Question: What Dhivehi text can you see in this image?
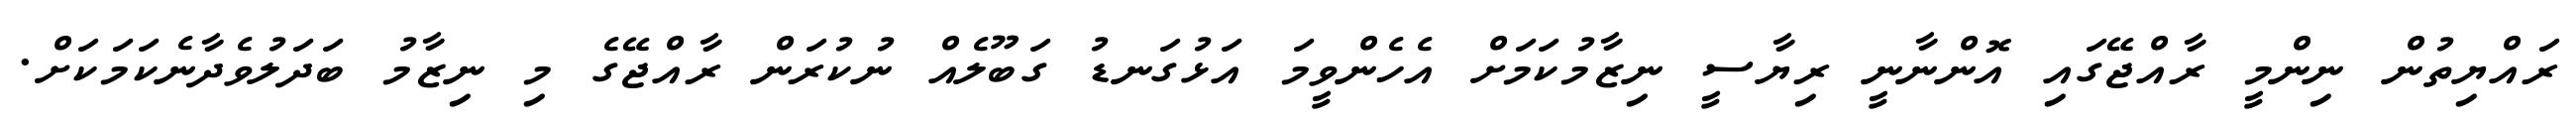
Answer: ރައްޔިތުން ނިންމީ ރާއްޖޭގައި އޮންނާނީ ރިޔާސީ ނިޒާމުކަމަށް އެހެންވީމަ އަޅުގަނޑު ގަބޫލެއް ނުކުރަން ރާއްޖޭގެ މި ނިޒާމު ބަދަލުވެދާނެކަމަކަށް.